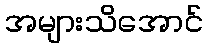
အများသိအောင်